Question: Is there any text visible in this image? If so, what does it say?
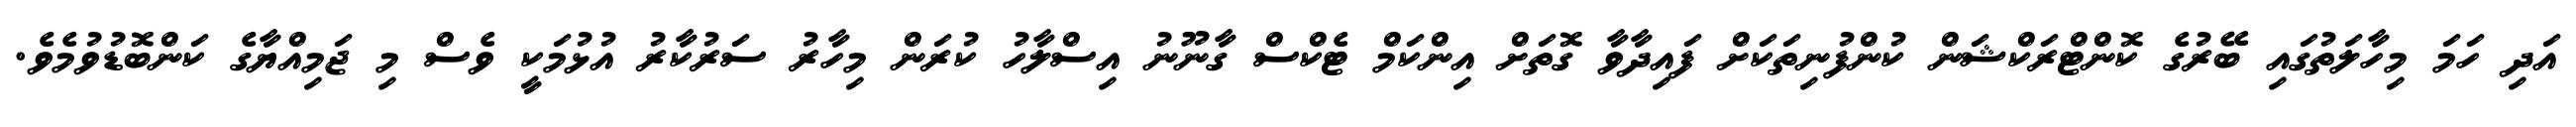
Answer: އަދި ހަމަ މިހާލަތުގައި ބޭރުގެ ކޮންޓްރަކްޝަން ކުންފުނިތަކަށް ފައިދާވާ ގޮތަށް އިންކަމް ޓެކްސް ގާނޫނު އިސްލާހު ކުރަން މިހާރު ސަރުކާރު އުޅުމަކީ ވެސް މި ޖަމިއްޔާގެ ކަންބޮޑުވުމެވެ.